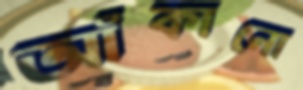
আঁকানো